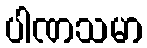
ပါဏသမာ